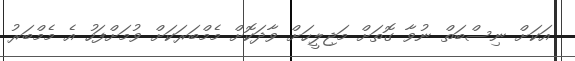
އަކަށް ނިސްބަތް ނުވާ ގޮތަށް މަޖިލީހަށް ވާދަކޮށް މެމްބަރަކަށް ވުމަށްފަހު އެ މެމްބަރު